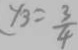
y _ { 3 } = \frac { 3 } { 4 }